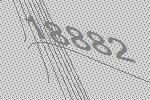
18882